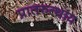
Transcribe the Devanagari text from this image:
प्रातरुत्थाय